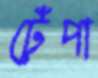
টেঁপা